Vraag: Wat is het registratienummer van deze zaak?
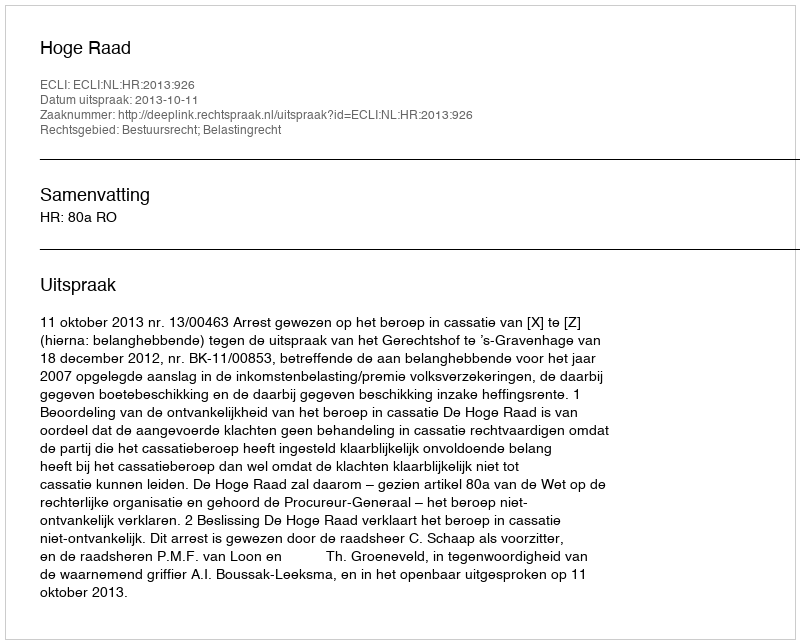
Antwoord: http://deeplink.rechtspraak.nl/uitspraak?id=ECLI:NL:HR:2013:926